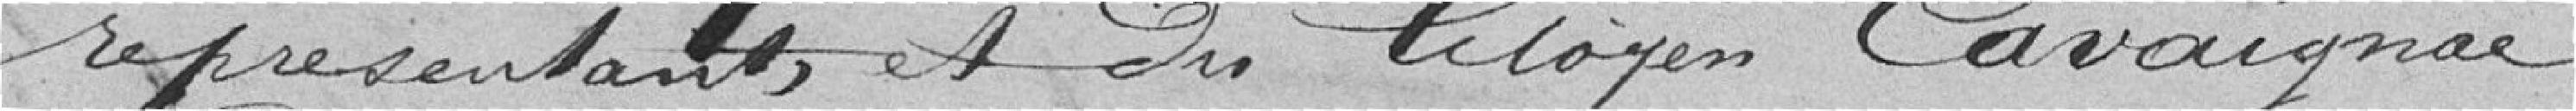
représentants et du citoyen Cavaignac,